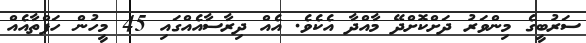
ސަރުބީގެ މިންވަރު ދަށްކޮށްދޭ މާއްދާ އެކެވެ. އެއް ދިރާސާއެއްގައި 45 މީހުން ހަފްތާއެއް